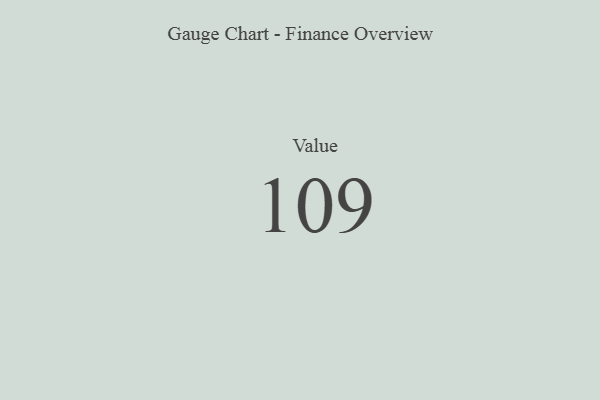
{"axis": {"x": "Metric", "y": "Value"}, "legend": [""], "data": [{"x": "Value", "y": 109, "type": ""}]}